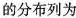
的分布列为